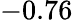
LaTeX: -0.76